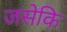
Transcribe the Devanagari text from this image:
जसेकि